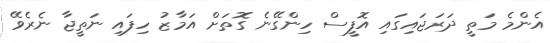
އެންމެ މަތީ ދަރަޖައިގައި އޮފީސް ހިންގޭނެ ގޮތަށް އަމާޒު ހިފައި ނަތީޖާ ނެރެވޭ